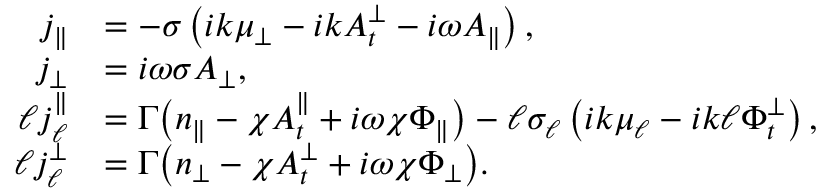
\begin{array} { r l } { j _ { \| } } & { = - \sigma \left( i k { \mu _ { \perp } } - i k A _ { t } ^ { \perp } - i \omega A _ { \| } \right) , } \\ { j _ { \perp } } & { = i \omega \sigma A _ { \perp } , } \\ { \ell j _ { \ell } ^ { \| } } & { = \Gamma \big ( n _ { \| } - \chi A _ { t } ^ { \| } + i \omega \chi \Phi _ { \| } \big ) - \ell \sigma _ { \ell } \left( i k \mu _ { \ell } - i k \ell \Phi _ { t } ^ { \perp } \right) , } \\ { \ell j _ { \ell } ^ { \perp } } & { = \Gamma \big ( n _ { \perp } - \chi A _ { t } ^ { \perp } + i \omega \chi \Phi _ { \perp } \big ) . } \end{array}